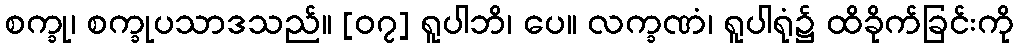
စက္ခု၊ စက္ခုပသာဒသည်။ [၀၇] ရူပါဘိ၊ ပေ။ လက္ခဏံ၊ ရူပါရုံ၌ ထိခိုက်ခြင်းကို